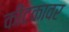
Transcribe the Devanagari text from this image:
कीटकावर